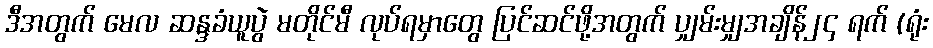
ဒီအတွက် မေလ ဆန္ဒခံယူပွဲ မတိုင်မီ လုပ်ရမှာတွေ ပြင်ဆင်ဖို့အတွက် ပျှမ်းမျှအချိန်၂၄ ရက် (ရုံး